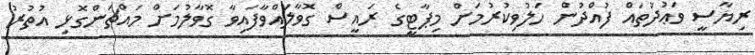
ރިޔާސީ ވަަޢުދުތައް ފުއްދުން ހަލުވިކުރުމަށް މިޕާޓީގެ ރައީސް ގޮވާލައްވާފައިވާ ގޮވާލުމަށް މައްޗަންގޮޅިި އުތުރު